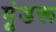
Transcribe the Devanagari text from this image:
मूंडरू